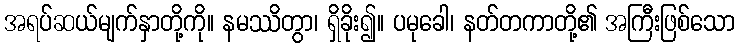
အရပ်ဆယ်မျက်နှာတို့ကို။ နမဿိတွာ၊ ရှိခိုး၍။ ပမုခေါ၊ နတ်တကာတို့၏ အကြီးဖြစ်သော